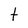
Character: t